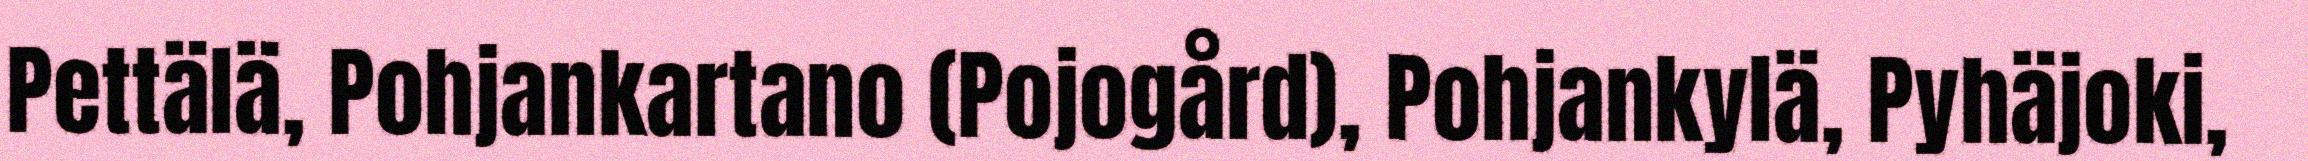
Pettälä, Pohjankartano (Pojogård), Pohjankylä, Pyhäjoki,